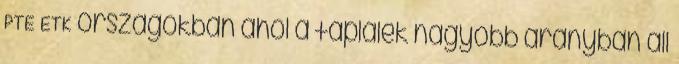
PTE ETK országokban ahol a táplálék nagyobb arányban áll